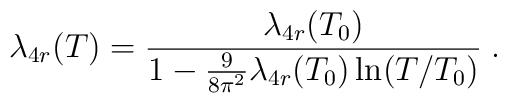
\lambda_{4r}(T) =\frac{\lambda_{4r}(T_{0})}{1-\frac{9}{8\pi^2}\lambda_{4r}(T_{0})\ln (T/T_{0})}\;.